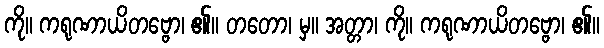
ကို။ ကရုဏာယိတဗ္ဗော၊ ၏။ တတော၊ မှ။ အတ္တာ၊ ကို။ ကရုဏာယိတဗ္ဗော၊ ၏။